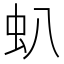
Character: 𧈢